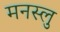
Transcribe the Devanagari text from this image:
मनस्लु